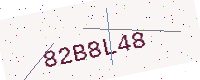
Text: 82B8L48